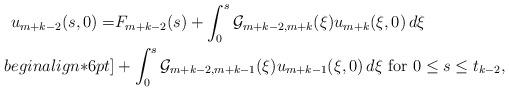
LaTeX: \begin{align*}u_{m + k -2}(s, 0) = & F_{m + k-2}(s) + \int_{0}^s {\cal G}_{m+ k-2, m + k}(\xi) u_{m + k}(\xi, 0) \, d \xi \\begin{align*}6pt] & + \int_{0}^s {\cal G}_{m + k-2, m + k-1}(\xi) u_{m + k - 1}(\xi, 0) \, d \xi \mbox{ for } 0 \le s \le t_{k-2},\end{align*}